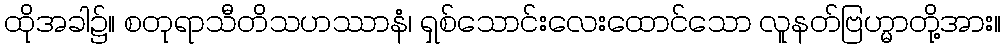
ထိုအခါ၌။ စတုရာသီတိသဟဿာနံ၊ ရှစ်သောင်းလေးထောင်သော လူနတ်ဗြဟ္မာတို့အား။